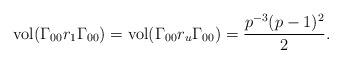
LaTeX: \begin{align*} \mathrm{vol}(\Gamma_{00}r_1\Gamma_{00}) = \mathrm{vol}(\Gamma_{00}r_u\Gamma_{00}) = \frac{p^{-3}(p-1)^2}{2}.\end{align*}